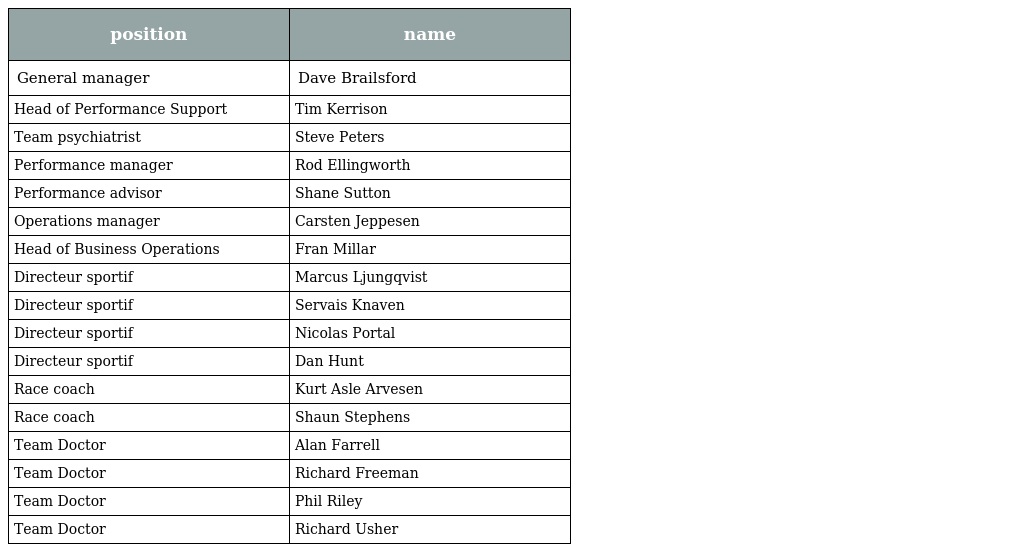
| position | name |
 | --- | --- |
 | General manager | Dave Brailsford |
 | Head of Performance Support | Tim Kerrison |
 | Team psychiatrist | Steve Peters |
 | Performance manager | Rod Ellingworth |
 | Performance advisor | Shane Sutton |
 | Operations manager | Carsten Jeppesen |
 | Head of Business Operations | Fran Millar |
 | Directeur sportif | Marcus Ljungqvist |
 | Directeur sportif | Servais Knaven |
 | Directeur sportif | Nicolas Portal |
 | Directeur sportif | Dan Hunt |
 | Race coach | Kurt Asle Arvesen |
 | Race coach | Shaun Stephens |
 | Team Doctor | Alan Farrell |
 | Team Doctor | Richard Freeman |
 | Team Doctor | Phil Riley |
 | Team Doctor | Richard Usher |